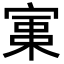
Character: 𡩪